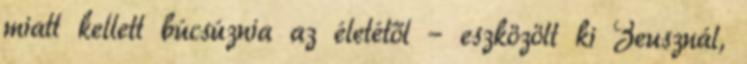
miatt kellett búcsúznia az életétől – eszközölt ki Zeusznál,